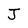
Character: J